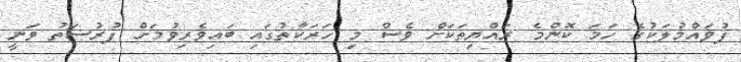
ފުވައްމުލަކުގެ ހަމަ ކޮންމެ ރައްޔިތަކަށް ވެސް މި ހަރަކާތުގައި ބައިވެރިވުމަށް ފުރުސަތު ވަނީ